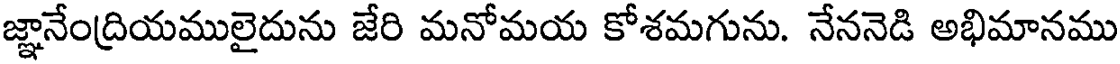
జ్ఞానేంద్రియములైదును జేరి మనోమయ కోశమగును. నేననెడి అభిమానము